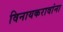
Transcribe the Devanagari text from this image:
विनायकरावांना